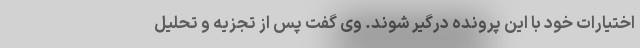
اختیارات خود با این پرونده درگیر شوند. وی گفت پس از تجزیه و تحلیل